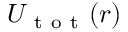
U _ { \mathrm { ~ t ~ o ~ t ~ } } ( r )